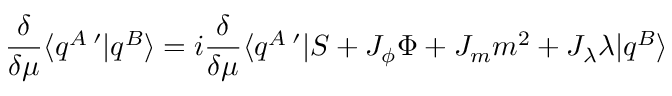
\frac { \delta } { \delta \mu } \langle q ^ { A } \, ^ { \prime } | q ^ { B } \rangle = i \frac { \delta } { \delta \mu } \langle q ^ { A } \, ^ { \prime } | S + J _ { \phi } \Phi + J _ { m } m ^ { 2 } + J _ { \lambda } \lambda | q ^ { B } \rangle